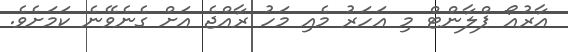
އާރުއޯ ޕްލާންޓް މި އަހަރު މެއި މަހު ރާއްޖެ އަށް ގެނެވޭނެ ކަމަށެވެ.